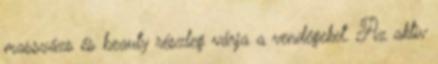
masszázs és beauty részleg várja a vendégeket. Az aktív